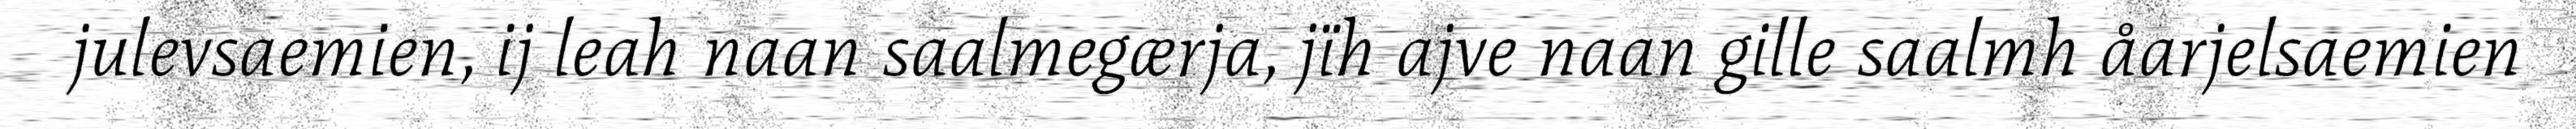
julevsaemien, ij leah naan saalmegærja, jïh ajve naan gille saalmh åarjelsaemien